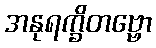
အနုရက္ခိတဗ္ဗော